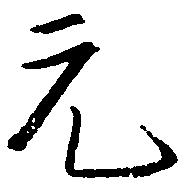
元